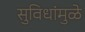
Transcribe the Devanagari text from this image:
सुविधांमुळे